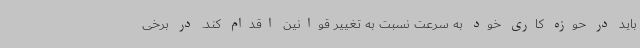
باید در حوزه کاری خود به سرعت نسبت به تغییر قوانین اقدام کند. در برخی